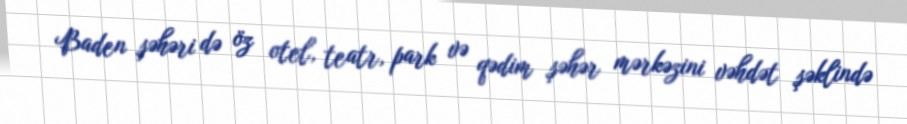
Baden şəhəri də öz otel, teatr, park və qədim şəhər mərkəzini vəhdət şəklində